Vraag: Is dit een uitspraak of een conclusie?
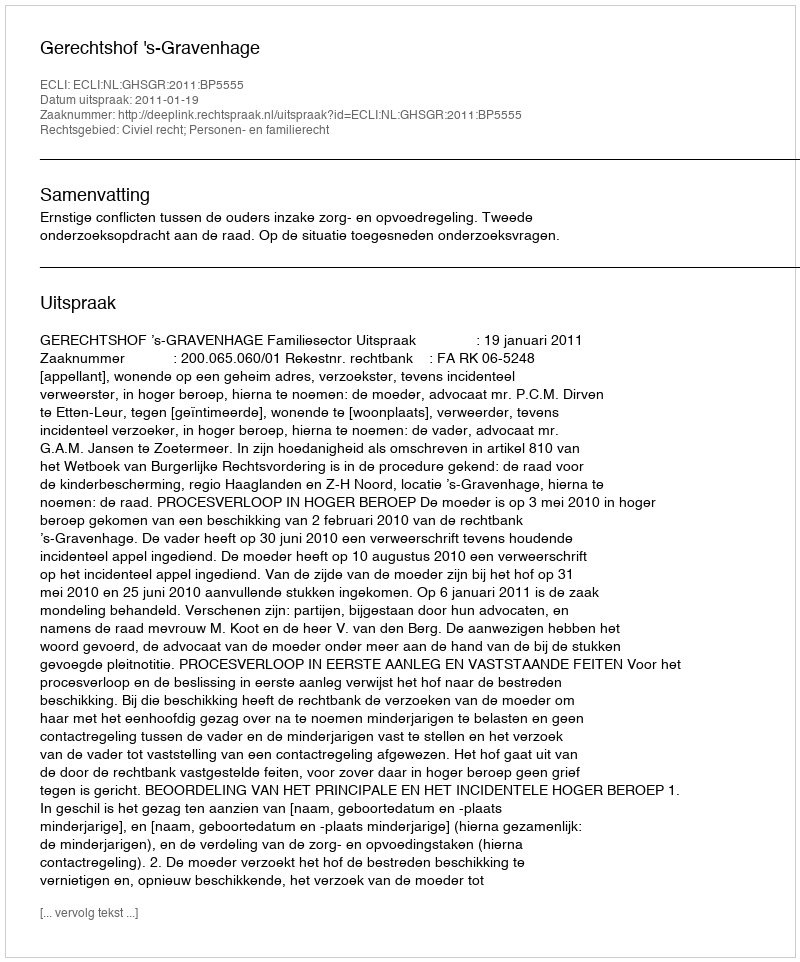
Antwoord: Uitspraak